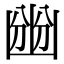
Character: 㟗